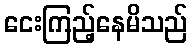
ငေးကြည့်နေမိသည်